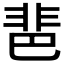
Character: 𩇯